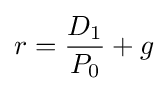
r={\frac {D_{1}}{P_{0}}}+g